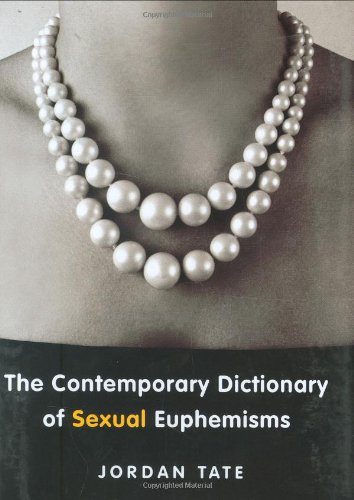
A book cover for The Contemporary Dictionary of Sexual Euphemisms; Jordan Tate; Reference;